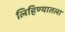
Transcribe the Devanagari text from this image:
लिहिण्यातला